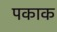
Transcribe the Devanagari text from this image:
पकाक